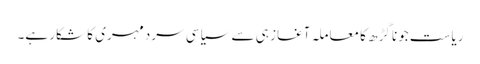
ریاست جونا گڑھ کا معاملہ آغاز ہی سے سیاسی سردمہری کا شکار ہے۔